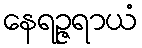
နေရဉ္ဇရာယံ